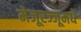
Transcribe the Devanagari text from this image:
मेजूरज्जूमधे